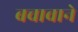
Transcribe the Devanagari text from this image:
बचावाने